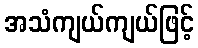
အသံကျယ်ကျယ်ဖြင့်